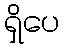
ရှိပေ